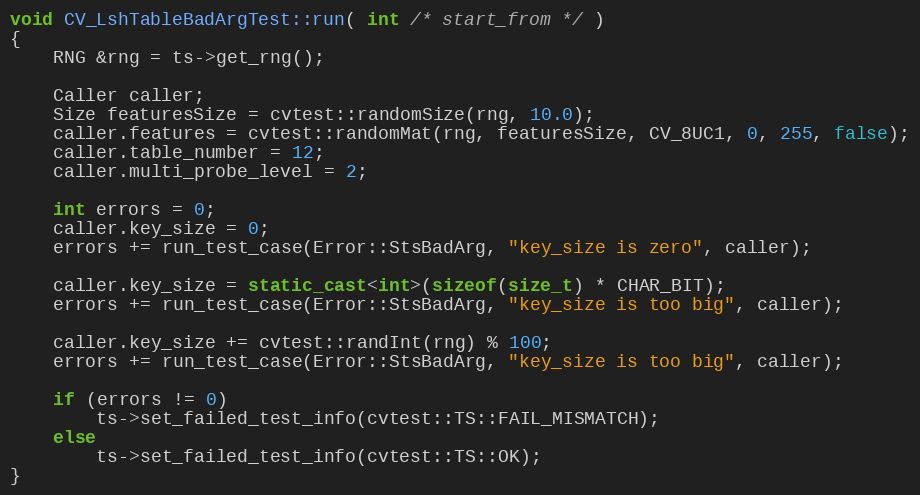
Language: C++
void CV_LshTableBadArgTest::run( int /* start_from */ )
{
    RNG &rng = ts->get_rng();

    Caller caller;
    Size featuresSize = cvtest::randomSize(rng, 10.0);
    caller.features = cvtest::randomMat(rng, featuresSize, CV_8UC1, 0, 255, false);
    caller.table_number = 12;
    caller.multi_probe_level = 2;

    int errors = 0;
    caller.key_size = 0;
    errors += run_test_case(Error::StsBadArg, "key_size is zero", caller);

    caller.key_size = static_cast<int>(sizeof(size_t) * CHAR_BIT);
    errors += run_test_case(Error::StsBadArg, "key_size is too big", caller);

    caller.key_size += cvtest::randInt(rng) % 100;
    errors += run_test_case(Error::StsBadArg, "key_size is too big", caller);

    if (errors != 0)
        ts->set_failed_test_info(cvtest::TS::FAIL_MISMATCH);
    else
        ts->set_failed_test_info(cvtest::TS::OK);
}